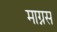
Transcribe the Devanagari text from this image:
माग्नस